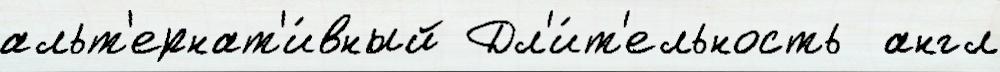
альт'ернат'и́вный Дл'и́т'ельность  англ